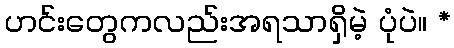
ဟင်းတွေကလည်းအရသာရှိမဲ့ ပုံပဲ။ *